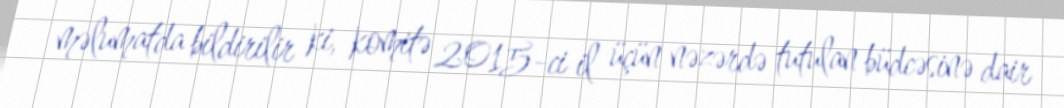
məlumatda bildirilir ki, komitə 2015-ci il üçün nəzərdə tutulan büdcəsinə dair